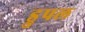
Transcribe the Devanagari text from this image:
ड्रुपल